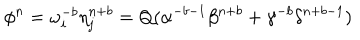
\phi ^ { n } = \omega _ { i } ^ { - b } \eta _ { j } ^ { n + b } = Q ( \alpha ^ { - b - 1 } \beta ^ { n + b } + \gamma ^ { - b } \delta ^ { n + b - 1 } )